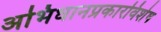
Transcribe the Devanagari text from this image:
अभिधानप्रकारविशेष